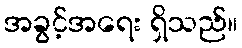
အခွင့်အရေး ရှိသည်။